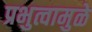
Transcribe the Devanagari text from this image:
प्रभुत्वामुळे